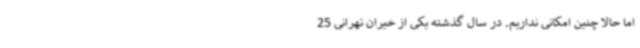
اما حالا چنین امکانی نداریم. در سال گذشته یکی از خیران تهرانی 25